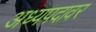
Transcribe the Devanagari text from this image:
अध्यपदावर